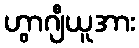
ဟွာဂျီယူအား